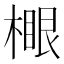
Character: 𣙧